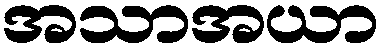
အသာအယာ